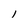
Character: 1